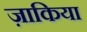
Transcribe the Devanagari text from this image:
ज़ाकिया